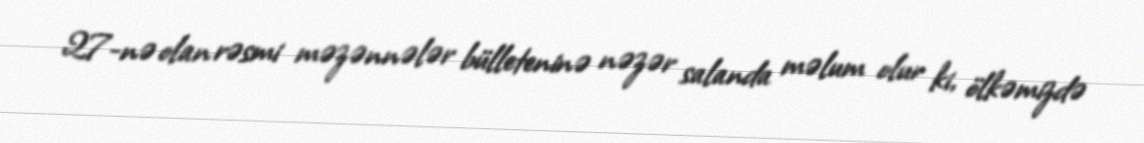
27-nə olan rəsmi məzənnələr bülleteninə nəzər salanda məlum olur ki, ölkəmizdə